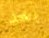
بعد